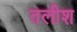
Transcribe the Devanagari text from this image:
तलीश